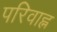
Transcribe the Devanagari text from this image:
परिवाह्न